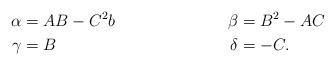
LaTeX: \begin{align*}\alpha &= AB-C^2b &\beta&=B^2-AC\\\gamma&=B&\delta&=-C.\end{align*}